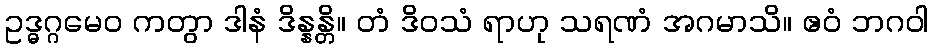
ဥဒ္ဓဂ္ဂမေဝ ကတွာ ဒါနံ ဒိန္နန္တိ။ တံ ဒိဝသံ ရာဟု သရဏံ အဂမာသိ။ ဧဝံ ဘဂဝါ